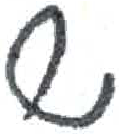
אות: ש